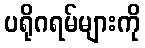
ပရိုဂရမ်များကို